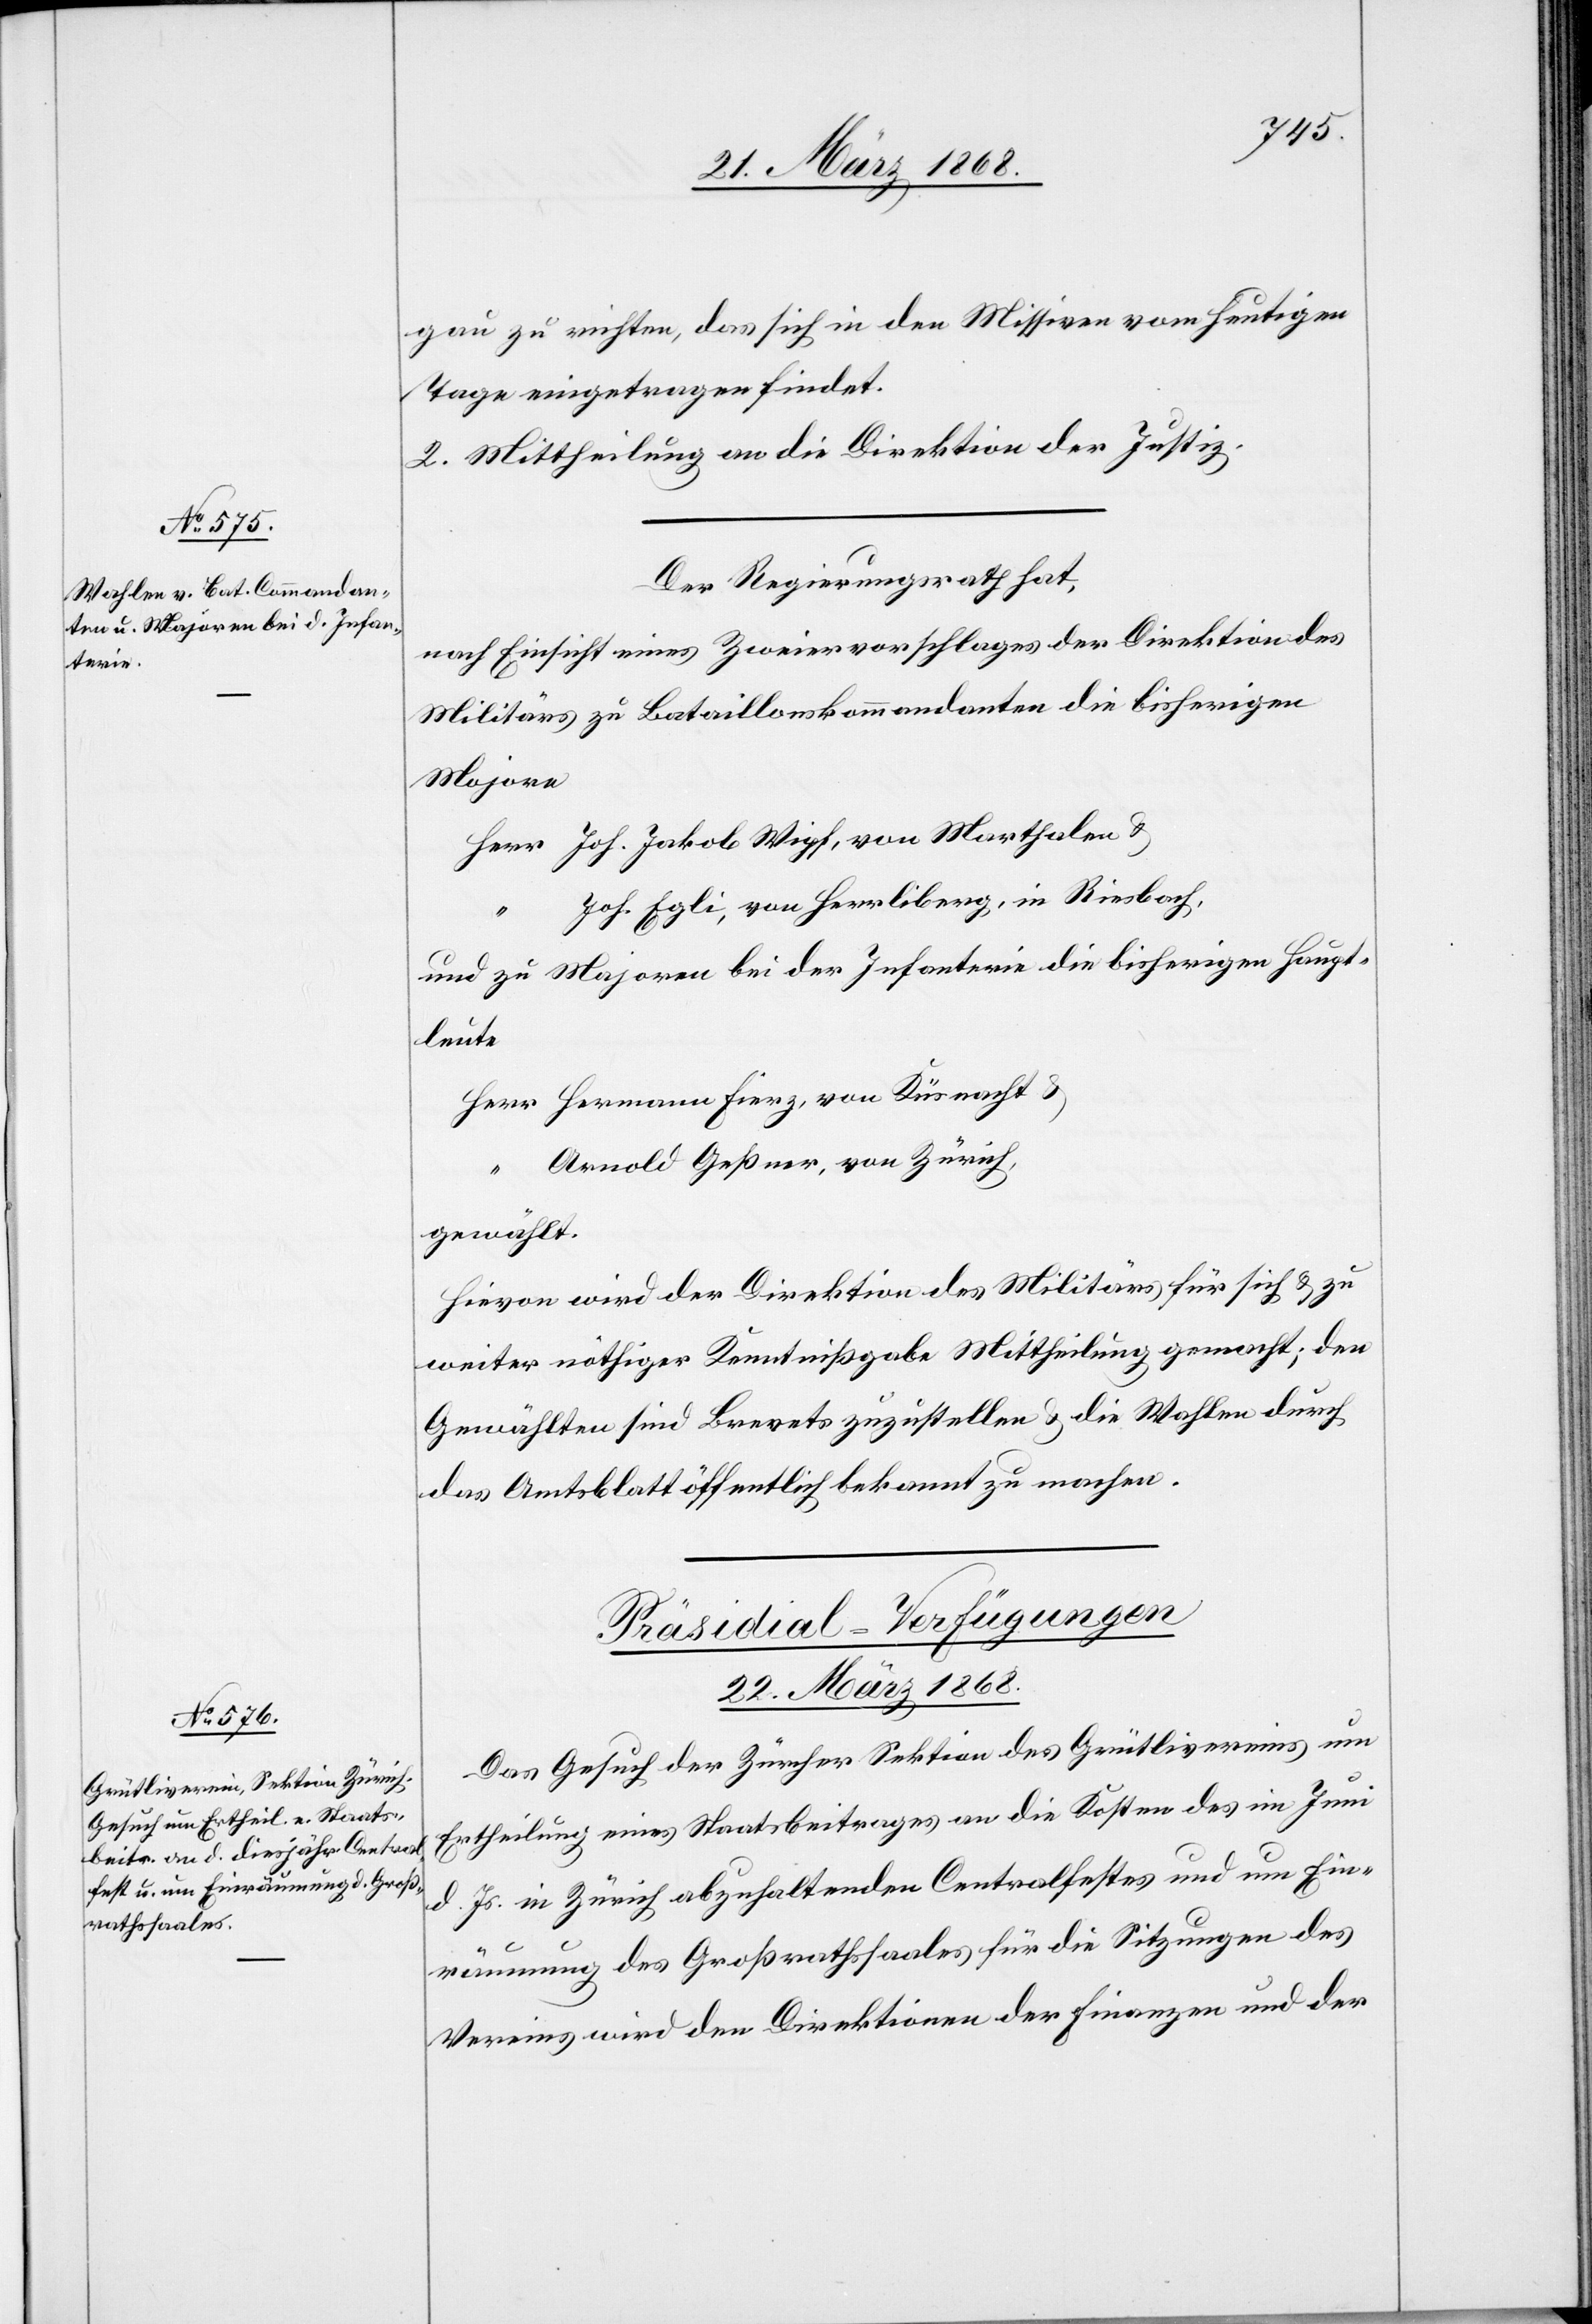
gau zu richten, das sich in den Missiven vom heutigen
Tage eingetragen findet.
2. Mittheilung an die Direktion der Justiz.
Der Regierungsrath hat,
nach Einsicht eines Zweiervorschlages der Direktion des
Militärs zu Bataillonskommandanten die bisherigen
Majore
Herr Joh. Jakob Wipf, von Marthalen &
Joh. Egli, von Herrliberg, in Riesbach,
und zu Majoren bei der Infanterie die bisherigen Haupt¬
leute
Herr Hermann Fierz, von Küsnacht &
“ Arnold Geßner, von Zürich,
gewählt.
Hievon wird der Direktion des Militärs für sich & zu
weiter nöthiger Kenntnißgabe Mittheilung gemacht; den
Gewählten sind Brevets zuzustellen & die Wahlen durch
das Amtsblatt öffentlich bekannt zu machen.
Präsidial-Verfügungen
22. März 1868.
Das Gesuch der Zürcher Sektion des Grütlivereins um
Ertheilung eines Staatsbeitrages an die Kosten des im Juni
d. Js. in Zürich abzuhaltenden Centralfestes und um Ein¬
räumung des Großrathssaales für die Sitzungen des
Vereins wird den Direktionen der Finanzen und der